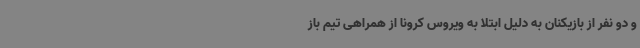
و دو نفر از بازیکنان به دلیل ابتلا به ویروس کرونا از همراهی تیم باز